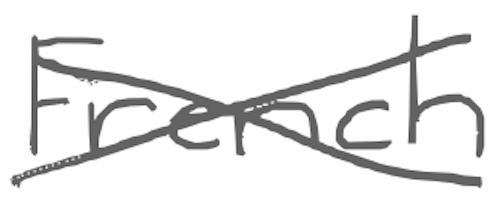
Text: French
Cross-out: cross
Writing tool: digital_gray